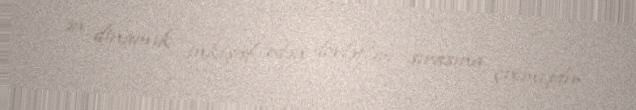
ən dinamik inkişaf edən dövlətləri sırasına çıxmışdır.